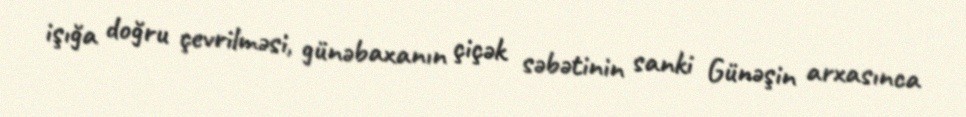
işığa doğru çevrilməsi, günəbaxanın çiçək səbətinin sanki Günəşin arxasınca